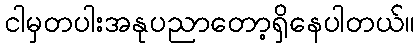
ငါမှတပါးအနုပညာတော့ရှိနေပါတယ်။